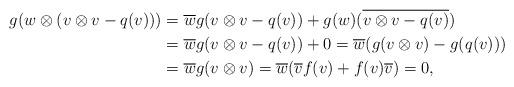
LaTeX: \begin{align*}g(w\otimes(v\otimes v-q(v)))&=\overline{w}g(v\otimes v-q(v))+g(w)(\overline{v\otimes v-q(v)})\\&=\overline{w}g(v\otimes v-q(v))+0=\overline{w}(g(v\otimes v)-g(q(v)))\\&=\overline{w}g(v\otimes v)=\overline{w}(\overline{v}f(v)+f(v)\overline{v})=0,\end{align*}